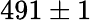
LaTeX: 491\pm 1